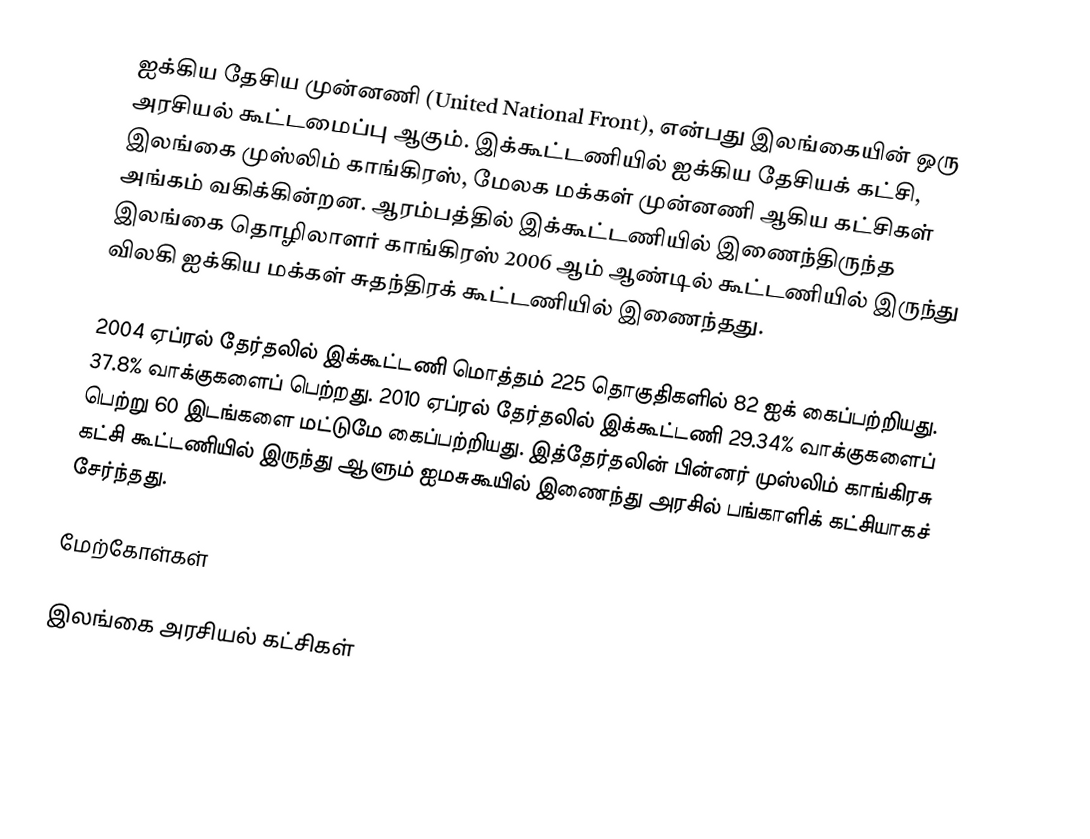
ஐக்கிய தேசிய முன்னணி (United National Front), என்பது இலங்கையின் ஒரு அரசியல் கூட்டமைப்பு ஆகும். இக்கூட்டணியில் ஐக்கிய தேசியக் கட்சி, இலங்கை முஸ்லிம் காங்கிரஸ், மேலக மக்கள் முன்னணி ஆகிய கட்சிகள் அங்கம் வகிக்கின்றன. ஆரம்பத்தில் இக்கூட்டணியில் இணைந்திருந்த இலங்கை தொழிலாளர் காங்கிரஸ் 2006 ஆம் ஆண்டில் கூட்டணியில் இருந்து விலகி ஐக்கிய மக்கள் சுதந்திரக் கூட்டணியில் இணைந்தது.

2004 ஏப்ரல் தேர்தலில் இக்கூட்டணி மொத்தம் 225 தொகுதிகளில் 82 ஐக் கைப்பற்றியது. 37.8% வாக்குகளைப் பெற்றது. 2010 ஏப்ரல் தேர்தலில் இக்கூட்டணி 29.34% வாக்குகளைப் பெற்று 60 இடங்களை மட்டுமே கைப்பற்றியது. இத்தேர்தலின் பின்னர் முஸ்லிம் காங்கிரசு கட்சி கூட்டணியில் இருந்து ஆளும் ஐமசுகூயில் இணைந்து அரசில் பங்காளிக் கட்சியாகச் சேர்ந்தது.

மேற்கோள்கள்

இலங்கை அரசியல் கட்சிகள்